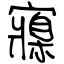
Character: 寱